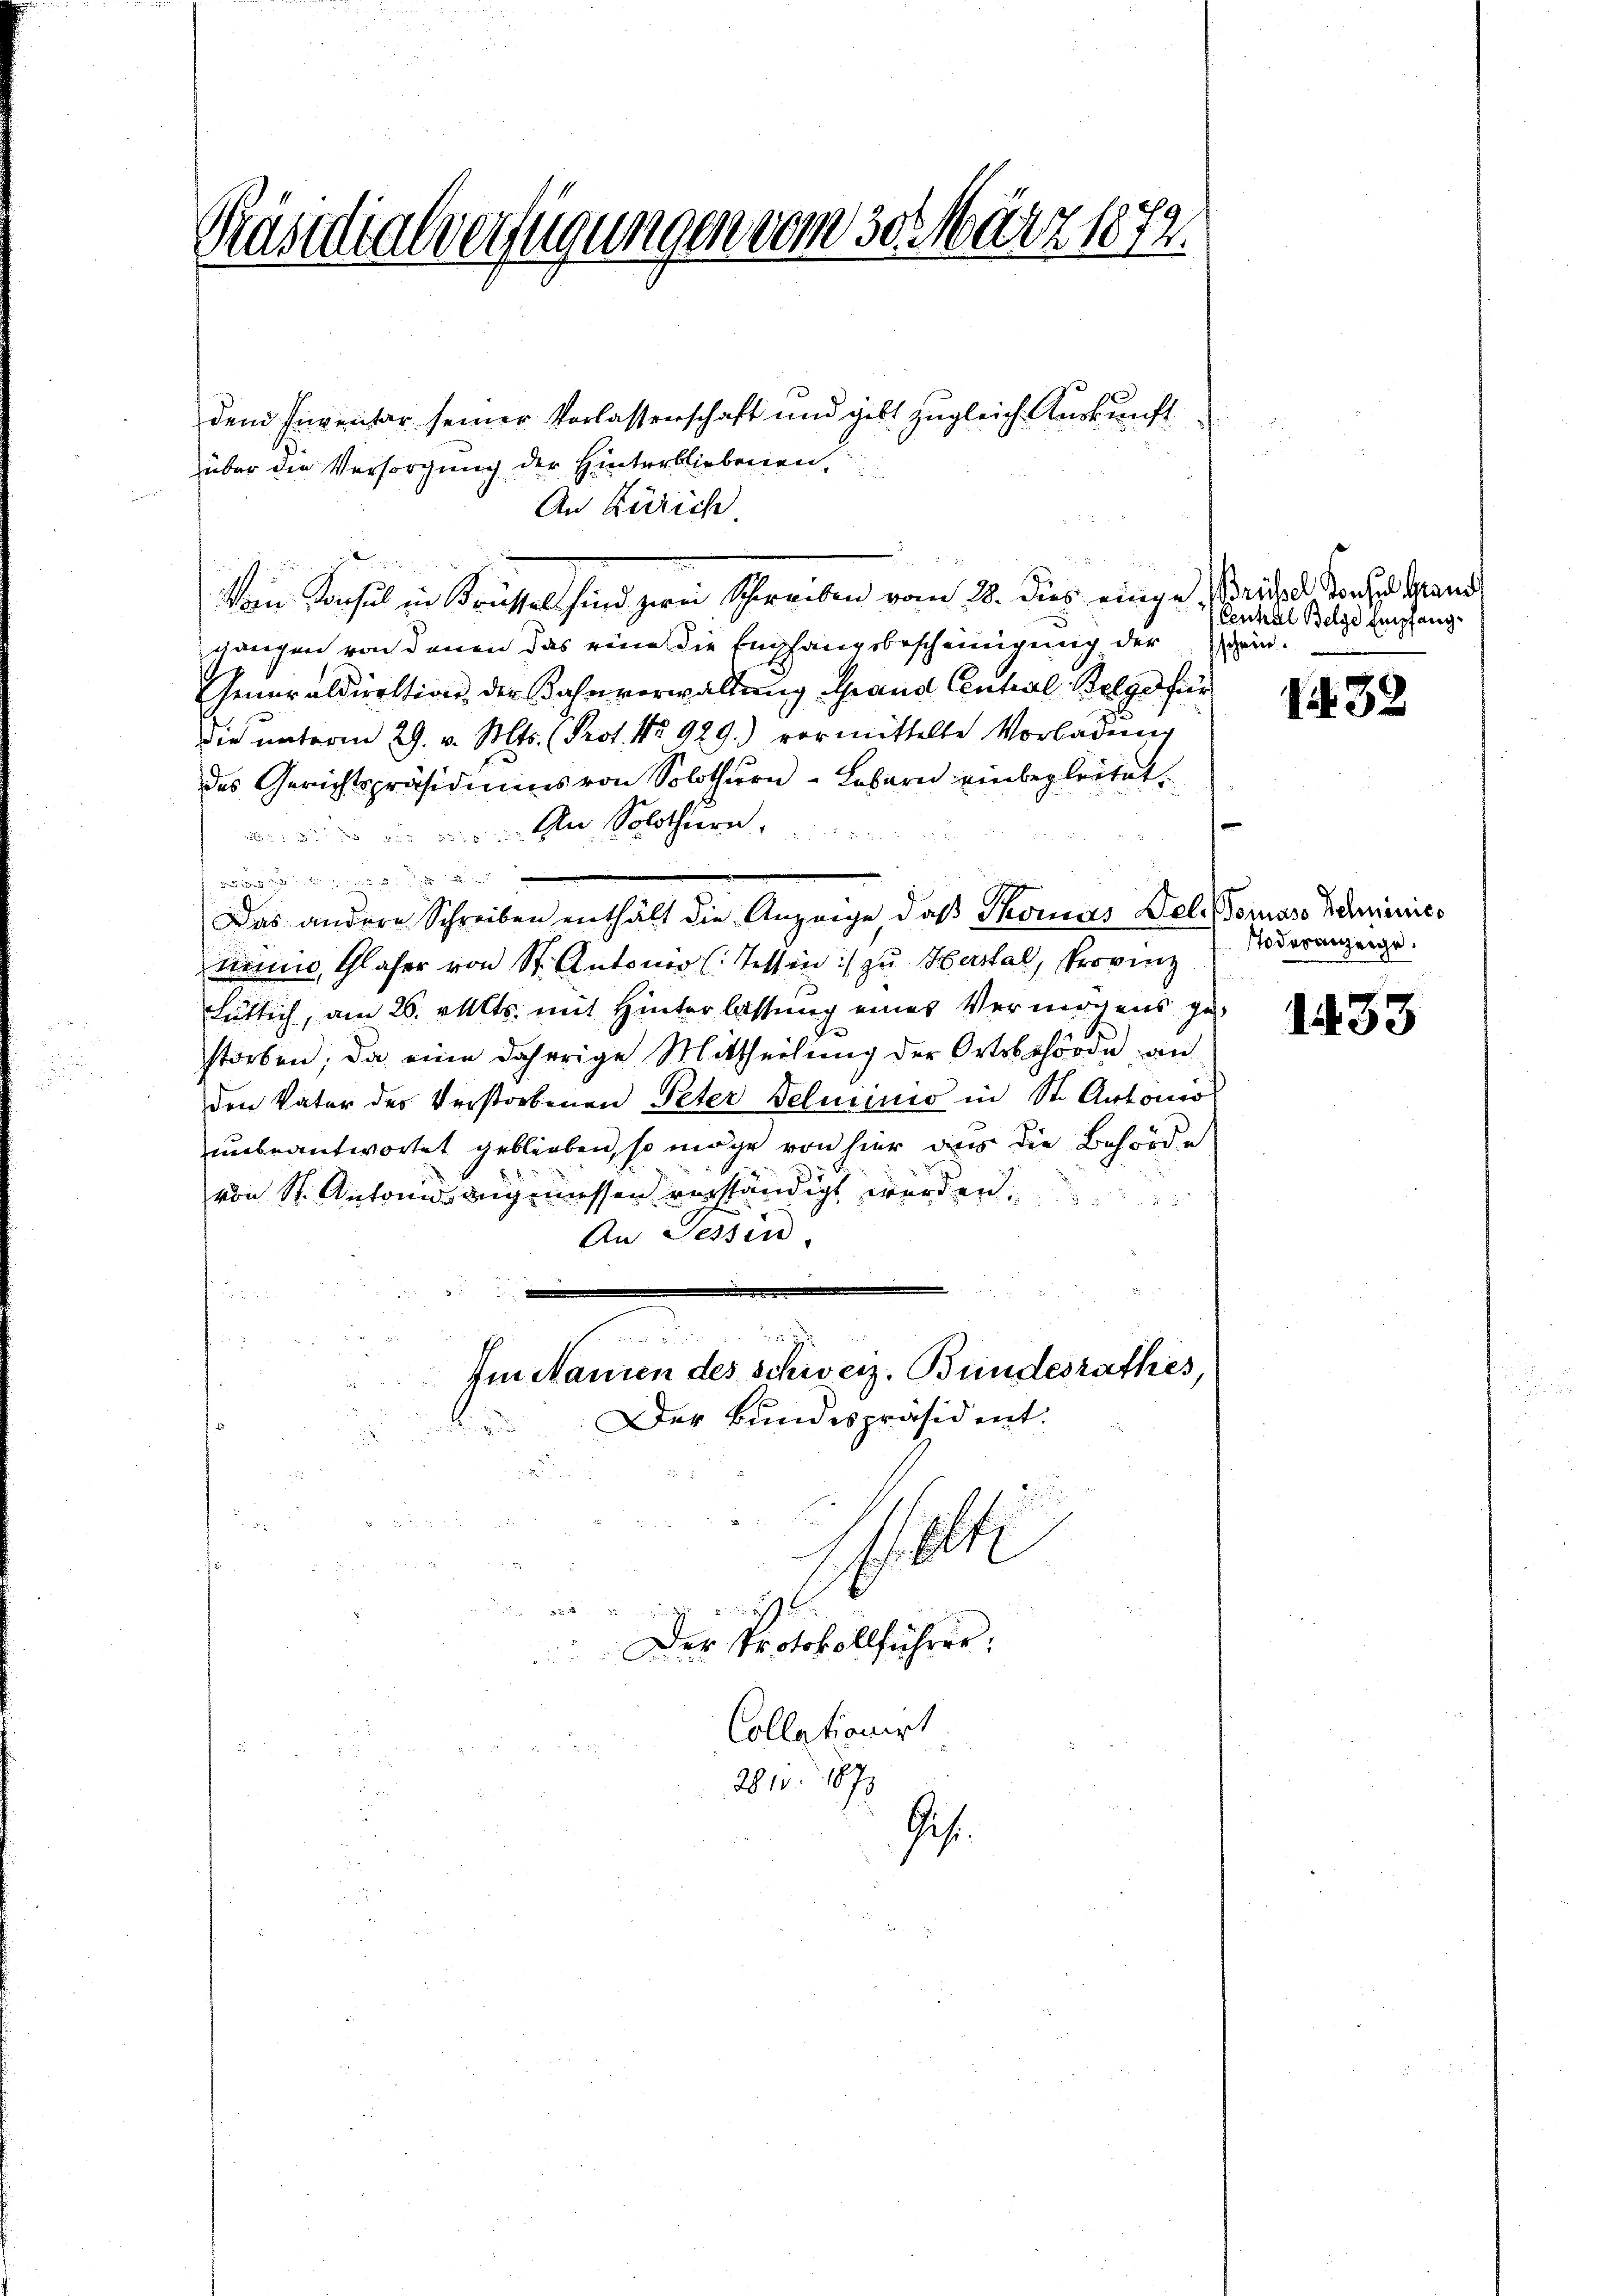
Präsidialverfügungen vom 30. März 1872.

dem Inventar seiner Verlassenschaft und gibt zugleich Auskunft
über die Versorgung der Hinterbliebenen,
An Zürich
Von Konsul in Brüssel sind zwei Schreiben vom 28. dies einge Beriche Torten Mand
gangen von denen das eine die Empfangsbescheinigung der ein
Generaldirektion der Bahnverwaltung Grand Cential Belge für
die unterm 29. v. Mts. (Prot. No. 929.) vormittelte Vorladeng
des Gerichtspräsidiums von Solothurn - Lebern einbegleitet.
An Solothurn

Das andere Schreiben enthält die Anzeige, daß Thomas Dele. Tomas Schenies
tienne, Glaser von St. Antonio (Tessin:/ zu Hartal, Provinz
ütlich, am 26. Mts. mit Hinterlassung eines Vermögens zustorben; da eine daherige Mittheilung der Ortsbehörde, an
den Vater des Verstorbenen Peter Deluiinio in St. Antonio
unbeantwortet geblieben, so möge von hier aus die Behörde
von St. Antone angemessen verständigt werden.

An Sessen.

Im Nanien des Schweiz. Bundesrathes,
Der Bundespräsident.
St

Der Protokollführer.
Collationirt
2815. 1873
Ges.

Central Belge Empfang¬

1432

Todesanzeige.

1433